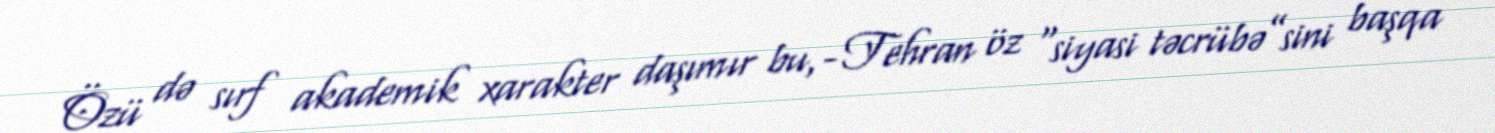
Özü də sırf akademik xarakter daşımır bu,- Tehran öz “siyasi təcrübə”sini başqa